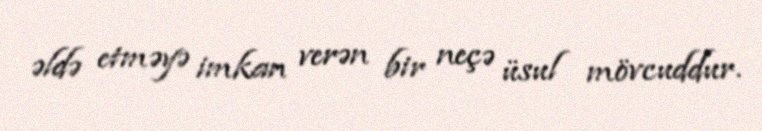
əldə etməyə imkan verən bir neçə üsul mövcuddur.